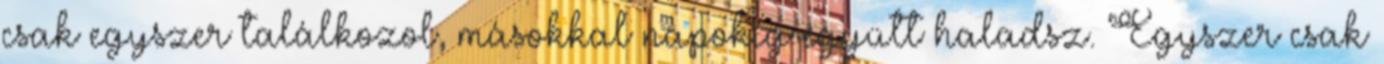
csak egyszer találkozol, másokkal napokig együtt haladsz. Egyszer csak